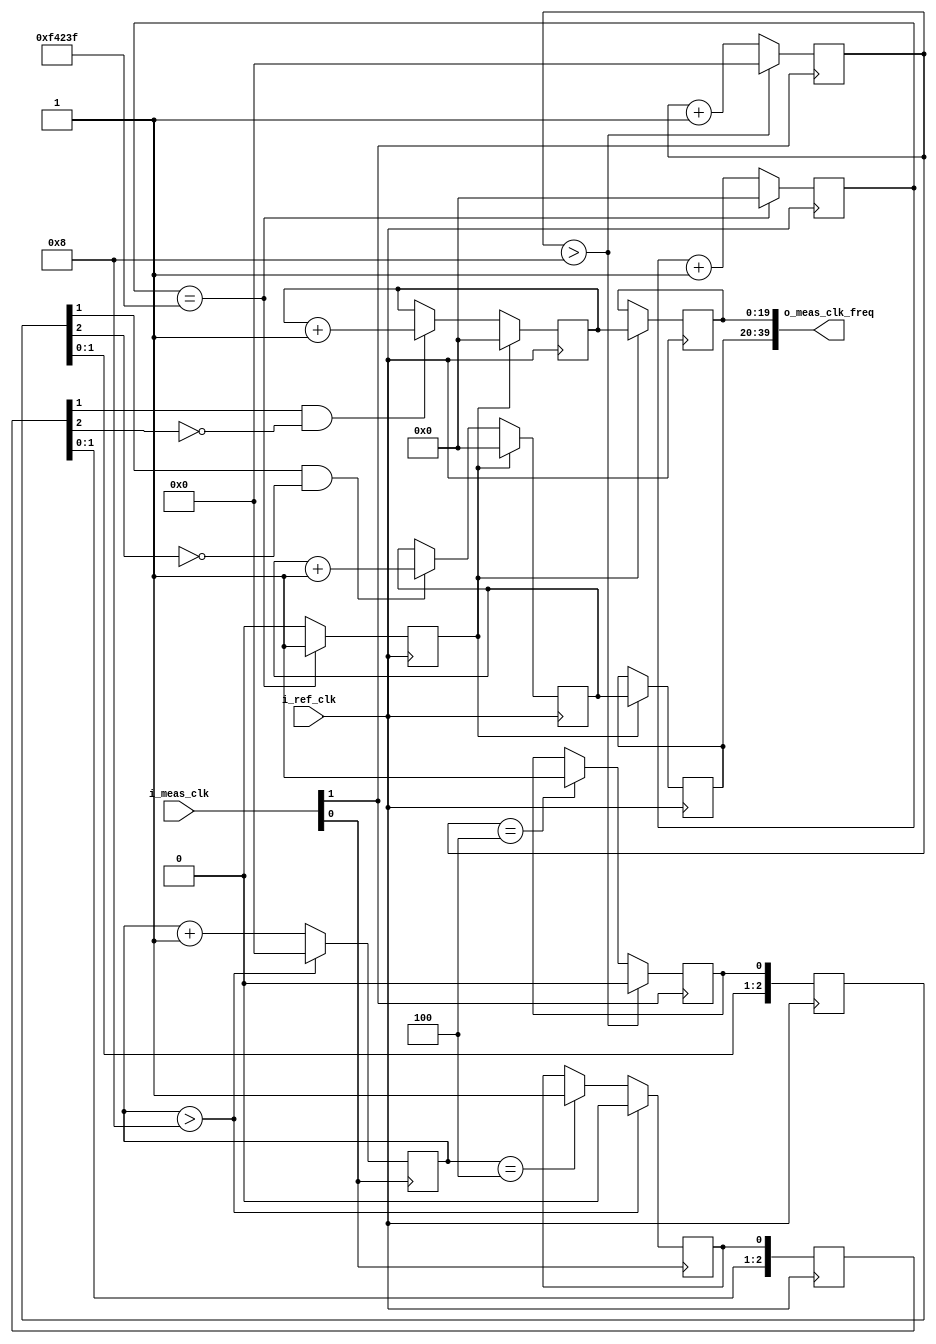
/*
*
* measure_freq_block.v
*
* Copyright (C) Digisky Media Solutions Inc.  All rights reserved.
*
* Permission is hereby granted, free of charge, to any person
* obtaining a copy of this software and associated documentation
* files (the "Software"), to deal in the Software without restriction,
* including without limitation the rights to use, copy, modify, merge,
* publish, distribute, sublicense, and/or sell copies of the Software,
* and to permit persons to whom the Software is furnished to do so,
* subject to the following conditions:
*
* The above copyright notice and this permission notice shall be included
* in all copies or substantial portions of the Software.
*
* Use of the Software is limited solely to applications:
* (a) running on a Intel device, or (b) that interact
* with a Intel device through a bus or interconnect.
*
* THE SOFTWARE IS PROVIDED "AS IS", WITHOUT WARRANTY OF ANY KIND, EXPRESS OR
* IMPLIED, INCLUDING BUT NOT LIMITED TO THE WARRANTIES OF MERCHANTABILITY,
* FITNESS FOR A PARTICULAR PURPOSE AND NONINFRINGEMENT.
* IN NO EVENT SHALL DIGISKY MSI BE LIABLE FOR ANY CLAIM, DAMAGES OR OTHER LIABILITY,
* WHETHER IN AN ACTION OF CONTRACT, TORT OR OTHERWISE, ARISING FROM, OUT OF OR IN
* CONNECTION WITH THE SOFTWARE OR THE USE OR OTHER DEALINGS IN THE SOFTWARE.
*
*
* Modified for MAX10 NIOS demo test 2023/04/27
*/

`timescale 1ns/1ps

module measure_freq_block # (
  parameter NUM_CLK = 2,
  parameter C_REF_FREQ = 100000000)
(
  input                       i_ref_clk,
  input   [NUM_CLK-1:0]       i_meas_clk,
  output reg [20*NUM_CLK-1:0] o_meas_clk_freq
);

  localparam REF_CLK_DIV_100 = C_REF_FREQ/100 - 1;
  
  reg ten_miliseconds;
  reg [19:0] ref_clk_cnt;
  
  always @ (posedge i_ref_clk) begin
    if (ref_clk_cnt == REF_CLK_DIV_100) begin
      ten_miliseconds <= 1'b1;
      ref_clk_cnt <= 20'b0;
      end
    else begin
      ten_miliseconds <= 1'b0;
      ref_clk_cnt <= ref_clk_cnt + 1;
      end
    end
    
  reg [4*NUM_CLK-1:0] meas_clk_div_cnt;
  reg [NUM_CLK-1:0]   meas_clk_div_10;
  reg [3*NUM_CLK-1:0] meas_clk_div_10_sync;
  reg [20*NUM_CLK-1:0]meas_clk_cnt;
  wire [NUM_CLK-1:0]  meas_clk_div_10_rise;
  
genvar i;
generate
  for (i=0;i<NUM_CLK;i=i+1) begin : gen_loop
  
    // divide the measured clock by 10
    always @ (posedge i_meas_clk[i]) begin
      if (meas_clk_div_cnt[i*4+3:i*4] > 8) begin
        meas_clk_div_cnt[i*4+3:i*4] <= 4'b0;
        meas_clk_div_10[i] <= 1'b0;
        end
      else if (meas_clk_div_cnt[i*4+3:i*4] == 4) begin
        meas_clk_div_cnt[i*4+3:i*4] <= meas_clk_div_cnt[i*4+3:i*4] + 1;
        meas_clk_div_10[i] <= 1'b1;
        end
      else
        meas_clk_div_cnt[i*4+3:i*4] <= meas_clk_div_cnt[i*4+3:i*4] + 1;
      end
      
    // sync the meas_clk_div_10 into ref_clk domain
    always @ (posedge i_ref_clk) begin
      meas_clk_div_10_sync[i*3+2:i*3] <= {meas_clk_div_10_sync[i*3+1:i*3], meas_clk_div_10[i]};
      end
      
    assign meas_clk_div_10_rise[i] = meas_clk_div_10_sync[i*3+1] & ~meas_clk_div_10_sync[i*3+2];
    
    // process the measuring counter in ref_clk domain
    always @ (posedge i_ref_clk) begin
      if (ten_miliseconds) begin
        o_meas_clk_freq[i*20+19:i*20] <= meas_clk_cnt[i*20+19:i*20];
        meas_clk_cnt[i*20+19:i*20] <= 20'b0;
        end
      else if (meas_clk_div_10_rise[i]) begin
        meas_clk_cnt[i*20+19:i*20] <= meas_clk_cnt[i*20+19:i*20] + 1;
        end
      end
      
  
  end
endgenerate
      



endmodule